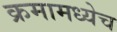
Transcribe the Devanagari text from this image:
क्रमामध्येच